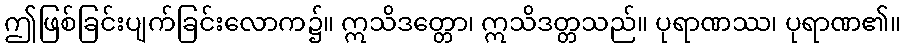
ဤဖြစ်ခြင်းပျက်ခြင်းလောက၌။ ဣသိဒတ္တော၊ ဣသိဒတ္တသည်။ ပုရာဏဿ၊ ပုရာဏ၏။